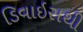
ડિવાઇસથી